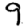
Digit: 9